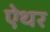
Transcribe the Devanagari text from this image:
ऐथर